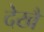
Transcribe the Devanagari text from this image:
देखैं